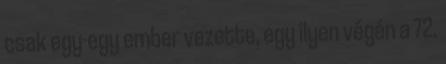
csak egy-egy ember vezette, egy ilyen végén a 72.